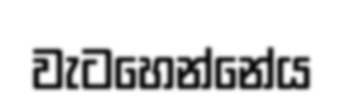
වැටහෙන්නේය